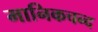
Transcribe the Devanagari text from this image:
मानिकचन्द